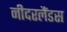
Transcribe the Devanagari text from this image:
नीदरलैंडस